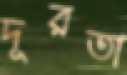
দূরতা